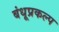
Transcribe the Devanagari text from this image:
बंधूप्रकल्प